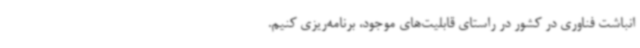
انباشت فناوری در کشور در راستای قابلیت‌های موجود، برنامه‌ریزی کنیم.